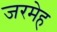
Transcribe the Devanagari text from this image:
जरमेह